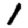
Digit: 1